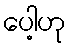
ပေါ့ဟု